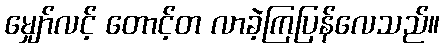
မျှော်လင့် တောင့်တ လာခဲ့ကြပြန်လေသည်။